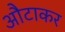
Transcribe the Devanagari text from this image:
औटाकर